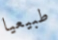
طبيعيا